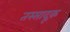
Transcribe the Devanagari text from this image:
तस्सादूक़